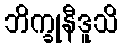
ဘိက္ခုနီဒူသိ